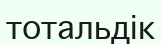
тотальдік